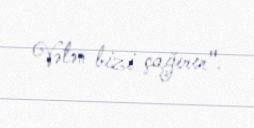
Vətən bizi çağırır".